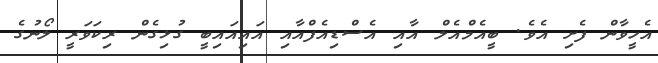
އެހީވާން ފެށި އެވެ. ބީއެމްއެލް އާއި އެސްޑިއެފްއާއި އައިއައިބީ ގުޅިގެން ރިކަވަރީ ލޯނުގެ